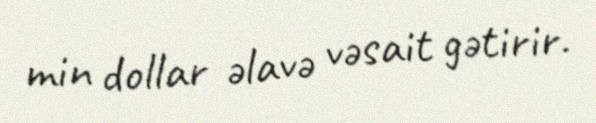
min dollar əlavə vəsait gətirir.